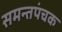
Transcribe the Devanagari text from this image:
समन्तपंचक